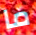
ما